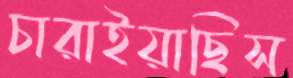
চারাইয়াছিস